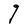
Character: g